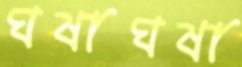
ঘষাঘষা